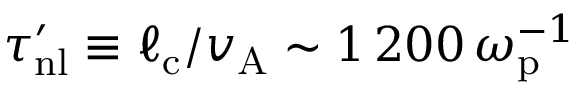
\tau _ { \mathrm { n l } } ^ { \prime } \equiv \ell _ { \mathrm { c } } / v _ { \mathrm { A } } \sim 1 \, 2 0 0 \, \omega _ { \mathrm { p } } ^ { - 1 }